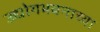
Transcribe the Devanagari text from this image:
उद्योगभवनाच्या